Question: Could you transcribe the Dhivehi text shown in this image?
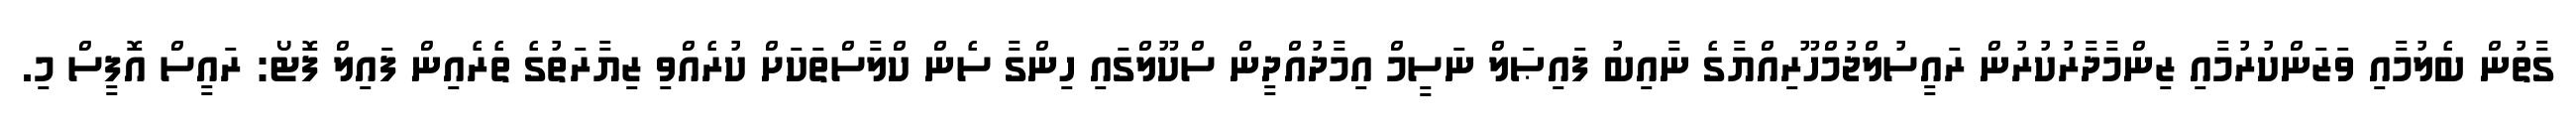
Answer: ގާތުން ބެލުމާއި ވަޒަންކުރުމާއި ޒިންމާދާރުކުރުން ރައީސުލްޖުމްހޫރިއްޔާގެ ނާއިބު ފައިޞަލް ނަސީމް އިމާދުއްދީން ސްކޫލްގައި ހިންގާ ސެން ކްލާސްތަކަށް ކުރެއްވި ޒިޔާރަތުގެ ތެރެއިން ފައިލް ފޮޓޯ: ރައީސް އޮފީސް މި.